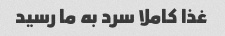
غذا کاملا سرد به ما رسید